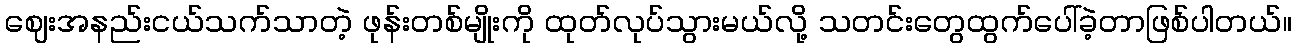
ဈေးအနည်းငယ်သက်သာတဲ့ ဖုန်းတစ်မျိုးကို ထုတ်လုပ်သွားမယ်လို့ သတင်းတွေထွက်ပေါ်ခဲ့တာဖြစ်ပါတယ်။